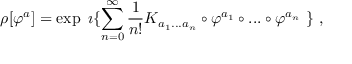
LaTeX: \rho [ \varphi ^ { a } ] = \exp \ \imath \{ \sum _ { n = 0 } ^ { \infty } \frac { 1 } { n ! } K _ { a _ { 1 } . . . a _ { n } } \circ \varphi ^ { a _ { 1 } } \circ . . . \circ \varphi ^ { a _ { n } } \ \} \ ,